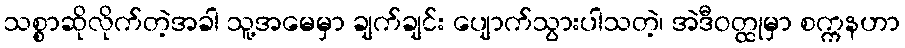
သစ္စာဆိုလိုက်တဲ့အခါ သူ့အမေမှာ ချက်ချင်း ပျောက်သွားပါသတဲ့၊ အဲဒီဝတ္ထုမှာ စက္ကနဟာ